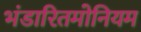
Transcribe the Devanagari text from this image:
भंडारितमोनियम